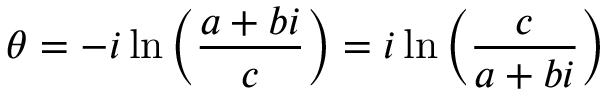
\theta = - i \ln \left( { \frac { a + b i } { c } } \right) = i \ln \left( { \frac { c } { a + b i } } \right)